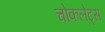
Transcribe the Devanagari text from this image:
चोकलेट्स